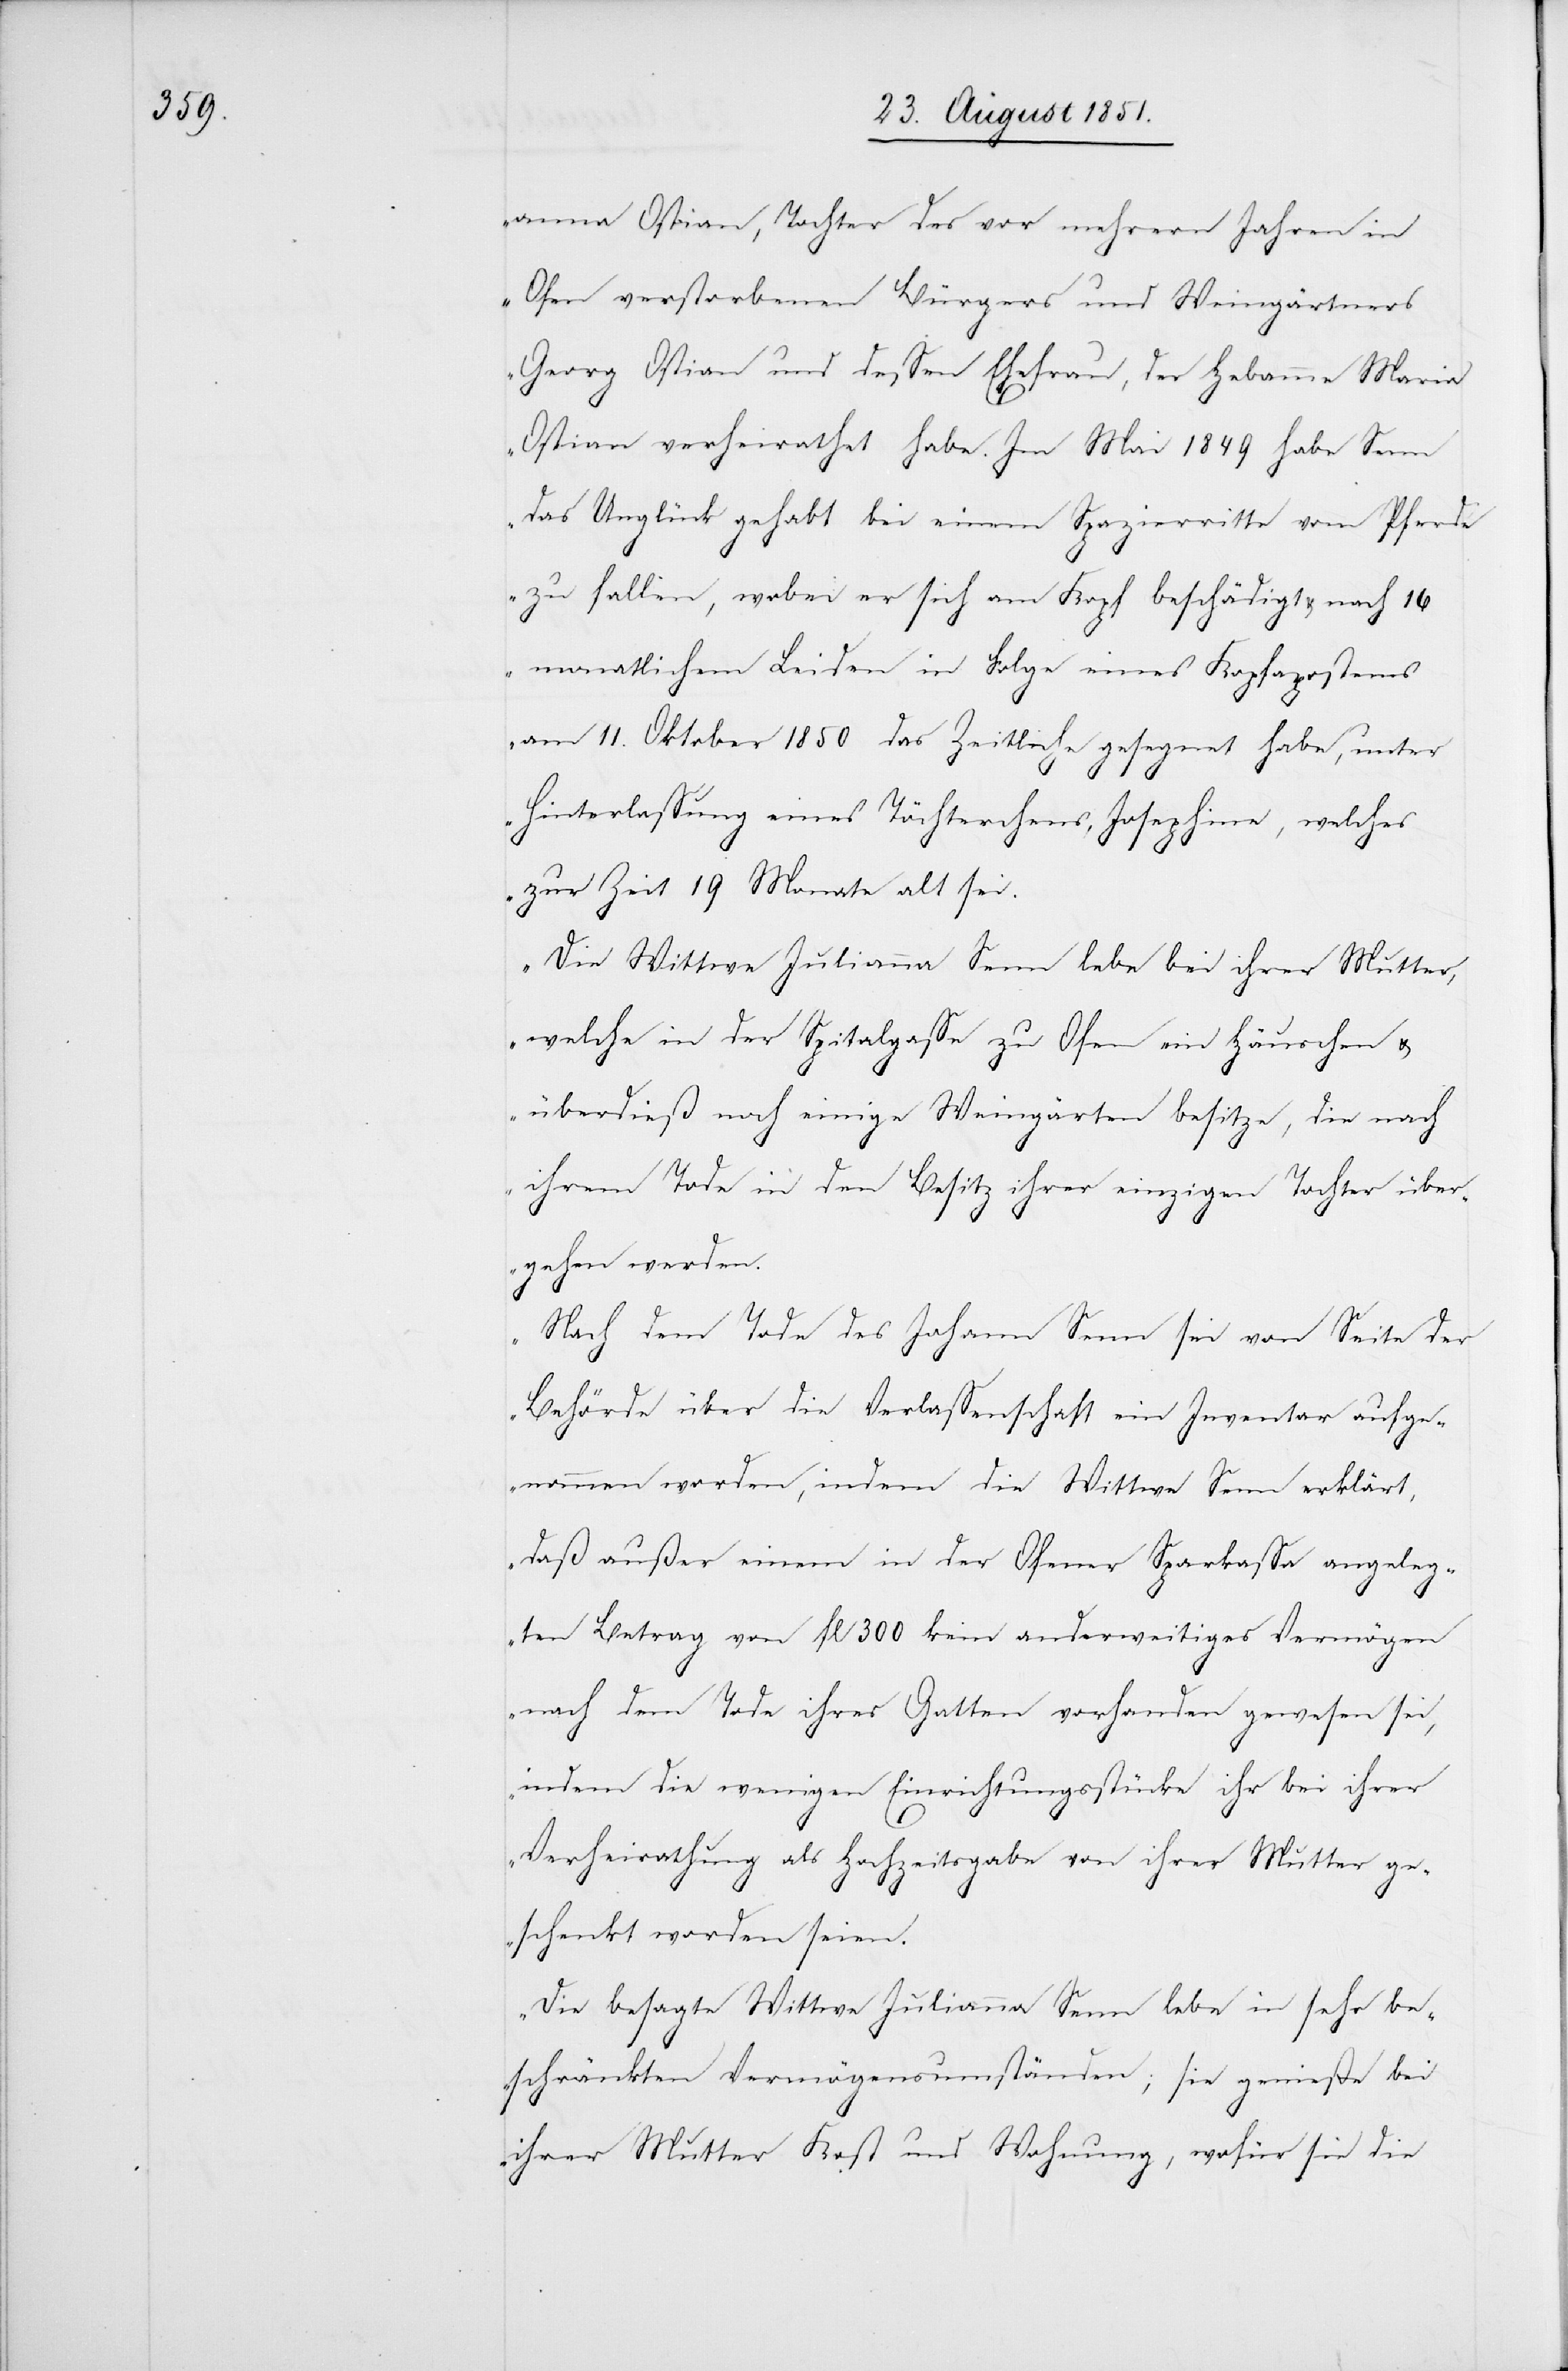
anna Ostian, Tochter des vor mehrern Jahren in
Ofen verstorbenen Bürgers und Weingärtners
Georg Ostian und dessen Ehefrau, der Hebamme Maria
Ostian verheirathet habe. Im Mai 1849 habe Senn
das Unglück gehabt bei einem Spazierritte vom Pferde
zu fallen, wobei er sich am Kopf beschädigt & nach 16
monatlichem Leiden in Folge eines Kopfapostems
am 11. Oktober 1850 das Zeitliche gesegnet habe, unter
Hinterlassung eines Töchterchens, Josephine, welches
zur Zeit 19 Monate alt sei.
Die Wittwe Julianna Senn lebe bei ihrer Mutter,
welche in der Spitalgasse zu Ofen ein Häuschen &
überdieß noch einige Weingärten besitze, die nach
ihrem Tode in den Besitz ihrer einzigen Tochter über¬
gehen werden.
Nach dem Tode des Johann Senn sei von Seite der
Behörde über die Verlassenschaft ein Inventar aufge¬
nommen worden, indem die Wittwe Senn erklärt,
daß außer einem in der Ofener Sparkassa angeleg¬
ten Betrag von fl 300 kein anderweitiges Vermögen
nach dem Tode ihres Gatten vorhanden gewesen sei,
indem die wenigen Einrichtungsstücke ihr bei ihrer
Verheirathung als Hochzeitsgabe von ihrer Mutter ge¬
schenkt worden seien.
Die besagte Wittwe Julianna Senn lebe in sehr be¬
schränkten Vermögensumständen; sie genieße bei
ihrer Mutter Kost und Wohnung, wofür sie die